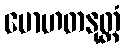
မောဟတနုတ္တံ